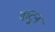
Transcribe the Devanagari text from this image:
वाटुन